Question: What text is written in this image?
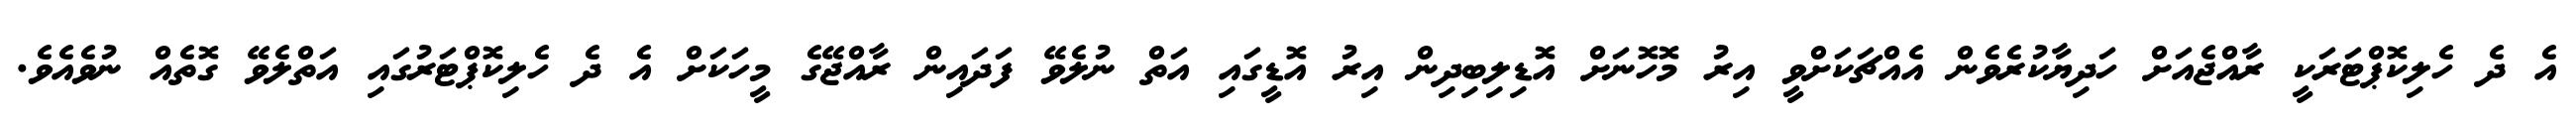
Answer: އެ ދެ ހެލިކޮޕްޓަރަކީ ރާއްޖެއަށް ހަދިޔާކުރެވެން އެއްޗަކަށްވީ އިރު މޮހޮނަށް އޮޑިލިބިދިން އިރު އޮޑީގައި އަތް ނުލެވޭ ފަދައިން ރާއްޖޭގެ މީހަކަށް އެ ދެ ހެލިކޮޕްޓަރުގައި އަތްލެވޭ ގޮތެއް ނުވެއެވެ.